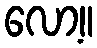
လော့။